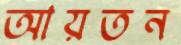
আয়তন